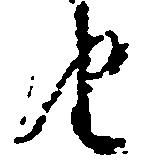
由